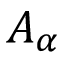
A _ { \alpha }